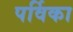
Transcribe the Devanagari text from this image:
पर्विका